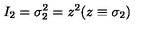
I _ { 2 } = \sigma _ { 2 } ^ { 2 } = z ^ { 2 } ( z \equiv \sigma _ { 2 } )